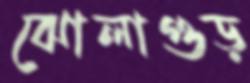
ঝোলাগুড়